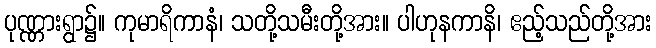
ပုဏ္ဏားရွာ၌။ ကုမာရိကာနံ၊ သတို့သမီးတို့အား။ ပါဟုနကာနိ၊ ဧည့်သည်တို့အား